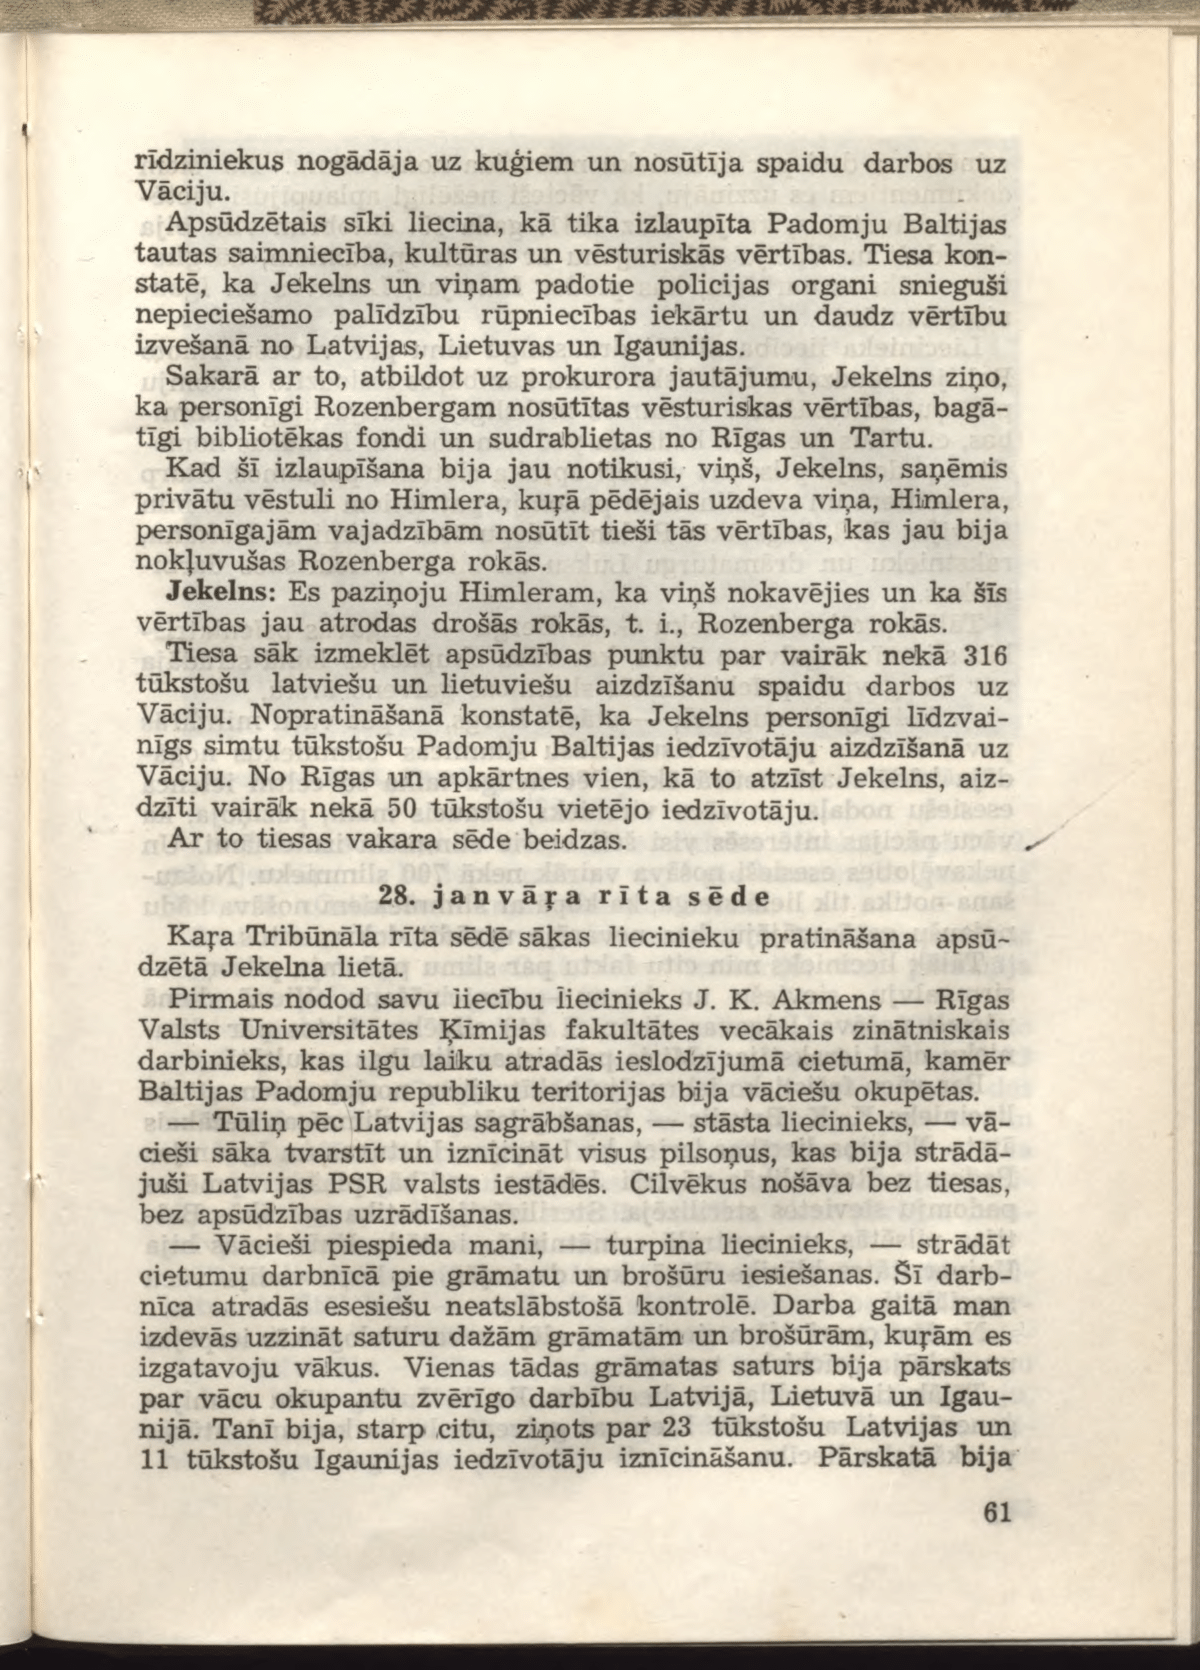
Language: lv